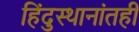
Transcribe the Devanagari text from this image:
हिंदुस्थानांतही